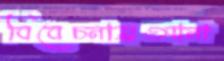
বিবেচনায়্রআনা